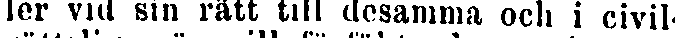
ler vid sin rätt till desamma och i civil-